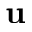
\mathbf { u }